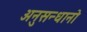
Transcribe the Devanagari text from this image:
अनुसन्धानो